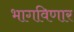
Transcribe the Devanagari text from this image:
भागविणार